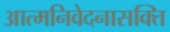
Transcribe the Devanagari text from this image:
आत्मनिवेदनासक्ति